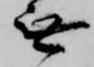
無